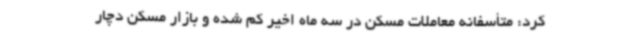
کرد: متأسفانه معاملات مسکن در سه ماه اخیر کم شده و بازار مسکن دچار